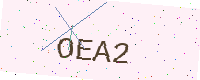
Text: OEA2